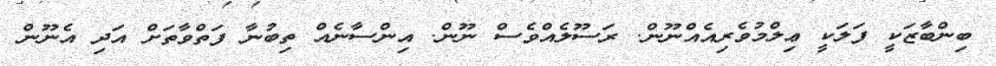
ބިންބާޒަކީ ފަލަކީ ޢިލްމުވެރިއެއްނޫން. ރަސޫލެއްވެސް ނޫން. އިންސާނެއް ތިބުނާ ފަތްވާތަށް އަދި އެނޫން